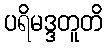
ပရိမဒ္ဒတူတိ